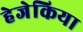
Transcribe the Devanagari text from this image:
हेजेकिया